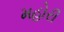
મહોરી